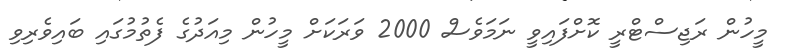
މީހުން ރަޖިސްޓްރީ ކޮށްފައިވީ ނަމަވެސް 2000 ވަރަކަށް މީހުން މިއަދުގެ ފެތުމުގައި ބައިވެރިވި